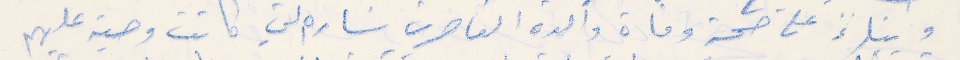
وبناءً على صحة وفاة والدة القاصرين سَاره التي كانت وصية عليهم